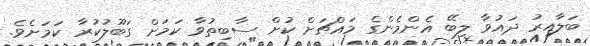
ބަލާއިރު ދައުވާ ލިބޭ އެންމެންގެ މައްޗަށް ކުށް ސާބިތުވާ ކަމަށް ގަބޫލުކުރާ ކަމަށެވެ.